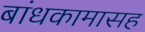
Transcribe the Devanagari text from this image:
बांधकामासह